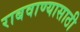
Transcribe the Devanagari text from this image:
राबवाण्यासाठी